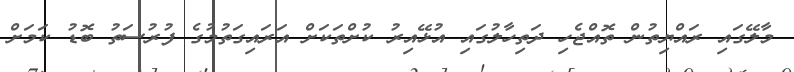
މާލޭގައި ރައްޔިތުން ތޮއްޖެހި ދަތިހާލުގައި އުޅޭއިރު ކުށްތަކަށް އަރައިގަތުމުގެ ފުރުސަތު ބޮޑު ކަމަށް